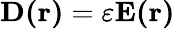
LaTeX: \mathbf{D(r)}=\varepsilon\mathbf{E(r)}